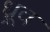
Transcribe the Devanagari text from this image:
ध्र्रूव